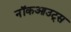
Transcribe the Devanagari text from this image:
नॉकआउट्स